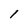
Character: l